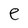
Character: e